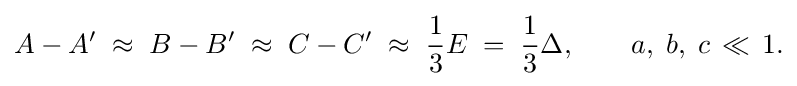
{\begin{aligned}A-A'\;\approx \;B-B'\;\approx \;C-C'\;\approx \;{\frac {1}{3}}E\;=\;{\frac {1}{3}}\Delta ,\qquad a,\;b,\;c\,\ll \,1.\end{aligned}}